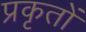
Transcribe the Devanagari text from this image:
प्रकृतों